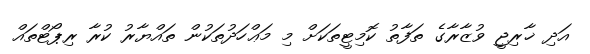
އަދި ޚާރިޖީ ވުޒާރާގެ ތަފާތު ކޮމިޓީތަކަށް މި މަޢްހަދުތަކުން ތައްޔާރު ކުރާ ރިޕޯޓްތައް